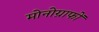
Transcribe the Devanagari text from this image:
मोनोग्राफों